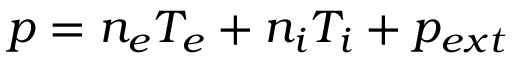
p = n _ { e } T _ { e } + n _ { i } T _ { i } + p _ { e x t }